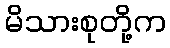
မိသားစုတို့က